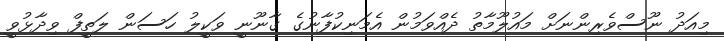
މިއަދު ނޫސްވެރިންނަށް މައުލޫމާތު ދެއްވަމުން އެމަނިކުފާނުގެ ގާނޫނީ ވަކީލު ހަސަން ލަތީފް ވިދާޅުވީ